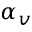
\alpha _ { v }